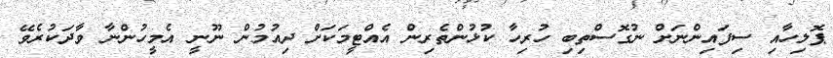
ޕޮލިހާއި ސިފައިންނަށް ނުގޮސްތިބި ހުރިހާ ކުޅުންތެރިން އެއްޓީމަކަށް ދިއުމުން ނޫނީ އެމީހުންނާ ވާދަކުރެވޭ